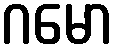
ဂမော